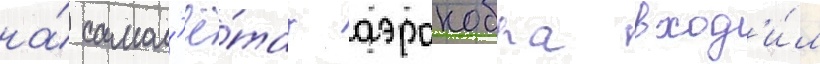
на́ самол'ё́тах аэрокобра вход'и́л